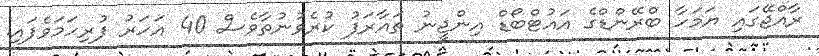
ރާއްޖޭގައި ޔަމަހާ ބްރޭންޑްގެ އައުޓްބޯޑް އިންޖީނު ތައާރަފު ކުރެވުނުތާވެސް 40 އަހަރު ފުރިހަމަވެފައި.